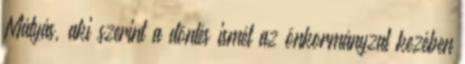
Mátyás, aki szerint a döntés ismét az önkormányzat kezében